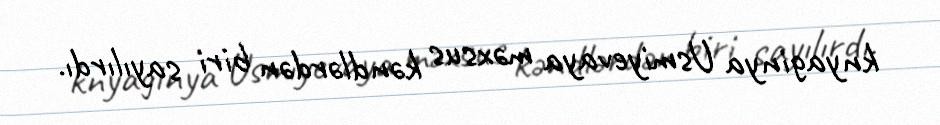
knyaginya Usmiyevaya məxsus kəndlərdən biri sayılırdı.